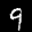
Label: 9